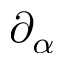
\partial _ { \alpha }